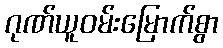
ဂုဏ်ယူဝမ်းမြောက်စွာ